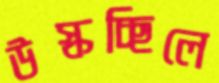
উস্‌কচ্ছিলে